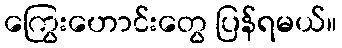
ကြွေးဟောင်းတွေ ပြန်ရမယ်။